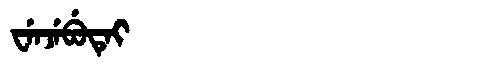
Manchu: ᠸᡝᠨᠵᡝᠪᡠᡨᡝᡳ
Romanization: WENJEBUTEI